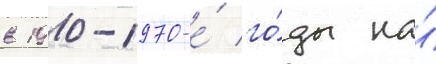
в 1910-1970-е́ го́ды на́